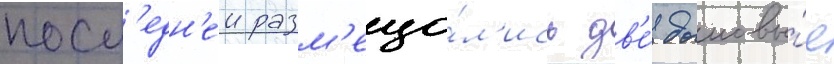
посл'едн'еи разм'еща́л'ись дв'е́ дымовы́е